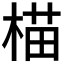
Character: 𬃝